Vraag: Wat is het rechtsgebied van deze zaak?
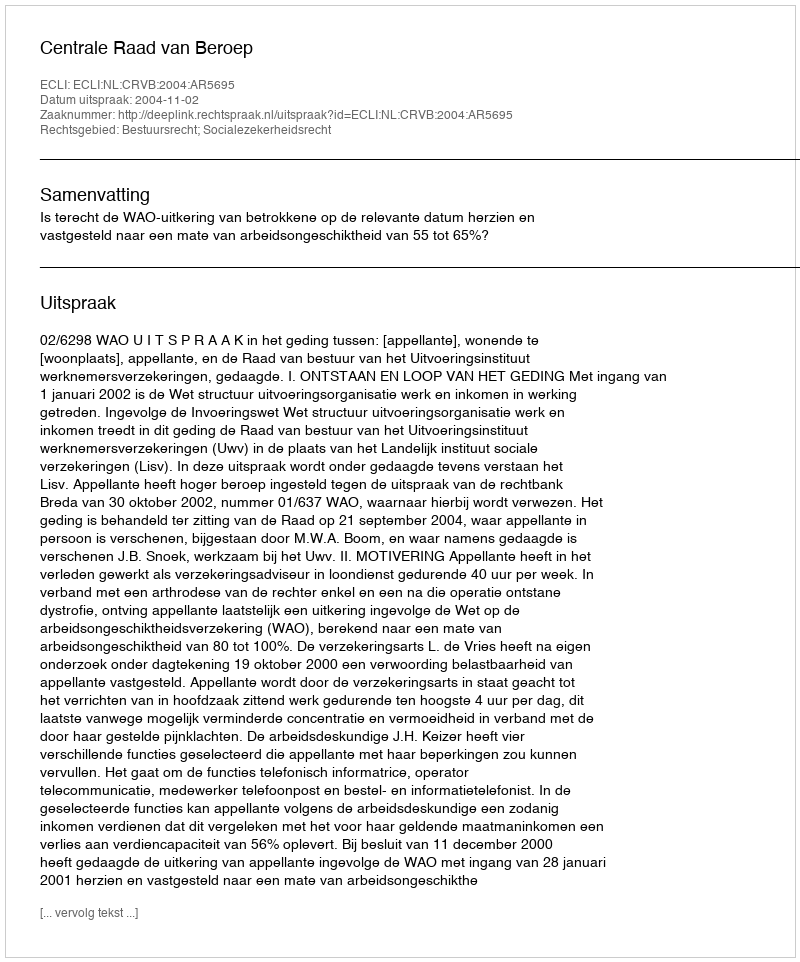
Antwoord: Bestuursrecht; Socialezekerheidsrecht